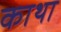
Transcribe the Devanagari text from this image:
काथा